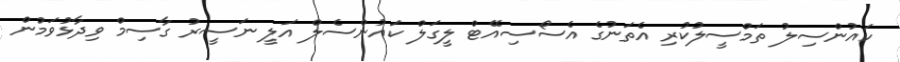
ކައުންސިލު ތަމްސީލުކުރި އެތަނުގެ އެސޯސިއޭޓް ލީގަލް ކައުންސެލް އަލީ ނަސީރު ގާސިމް ވިދާޅުވަމުން